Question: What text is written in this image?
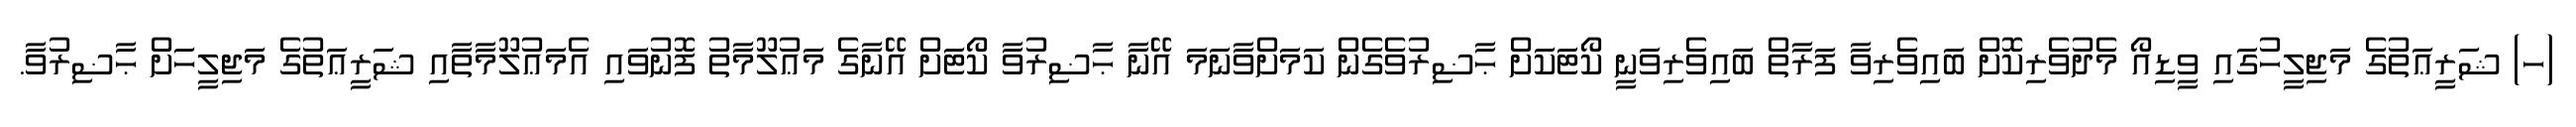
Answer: (ހ) ޝަރީޢަތުގެ މަޖިލީހުގައި ވީޑިއޯ މެދުވެރިކޮށް ބައިވެރިވާ ފަރާތް ބައިވެރިވަނީ ކޯޓަކަށް ޙާޟިރުވެގެން ކަމަށްވާނަމަ އޭނާ ޙާޟިރުވާ ކޯޓަށް އޭނާގެ މަޢުލޫމާތު ފޮނުވައި އެމަޢުލޫމާތާއި ޝަރީޢަތުގެ މަޖިލީހަށް ޙާޟިރުވާ.